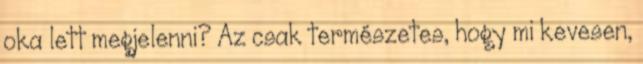
oka lett megjelenni? Az csak természetes, hogy mi kevesen,